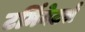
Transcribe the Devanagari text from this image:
टर्मिनेटर्स